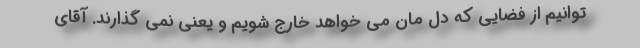
توانیم از فضایی که دل مان می خواهد خارج شویم و یعنی نمی گذارند. آقای